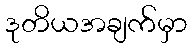
ဒုတိယအချက်မှာ